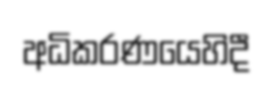
අධිකරණයෙහිදී